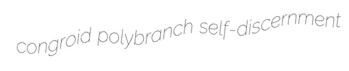
congroid polybranch self-discernment